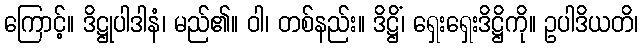
ကြောင့်။ ဒိဋ္ဌုပါဒါနံ၊ မည်၏။ ဝါ၊ တစ်နည်း။ ဒိဋ္ဌိံ၊ ရှေးရှေးဒိဋ္ဌိကို။ ဥပါဒိယတိ၊